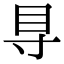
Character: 𥃷